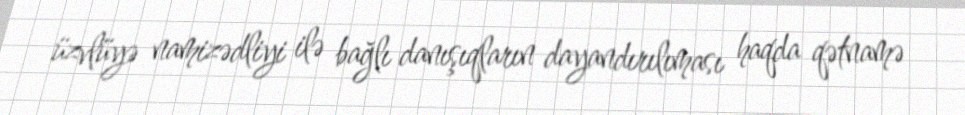
üzvlüyə namizədliyi ilə bağlı danışıqların dayandırılıması haqda qətnamə